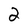
Character: 2